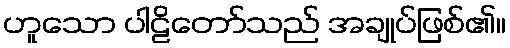
ဟူသော ပါဠိတော်သည် အချုပ်ဖြစ်၏။